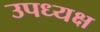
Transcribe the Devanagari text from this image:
उपध्यक्ष